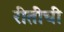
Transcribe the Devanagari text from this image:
रीतींची